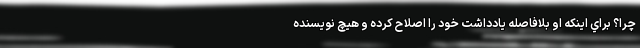
چرا؟ براي اينكه او بلافاصله يادداشت خود را اصلاح كرده و هيچ نويسنده